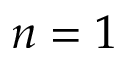
n = 1